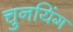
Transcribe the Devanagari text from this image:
चुनयिंग